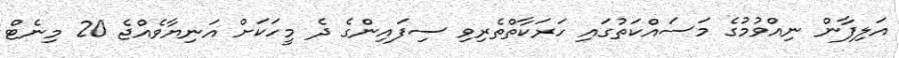
އަލިފާން ނިއްވުމުގެ މަސައްކަތުގައި ހަރަކާތްތެރިވި ސިފައިންގެ ދެ މީހަކަށް އަނިޔާވެއްޖެ 20 މިނެޓް